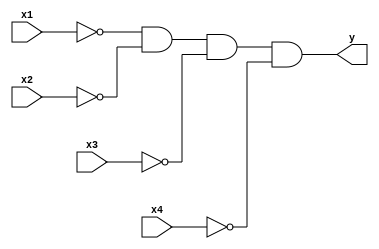
module not_and2(x1, x2, x3, x4, y);
    input   x1, x2, x3, x4;
    output  y;

    assign y = ~x1 & ~x2 & ~x3 & ~x4;
endmodule